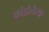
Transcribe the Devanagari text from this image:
कांडोनेसए